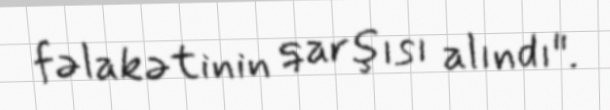
fəlakətinin qarşısı alındı".